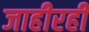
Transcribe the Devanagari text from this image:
जाहीरही